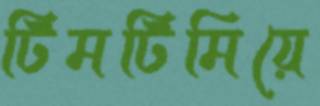
টিমটিমিয়ে